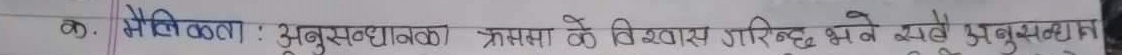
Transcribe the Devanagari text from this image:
मैलिकला : अनुसन्धानको क्रममा के विकास गरिन्छ भन्ने अनुसन्धान